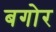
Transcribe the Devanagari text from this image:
बगोर